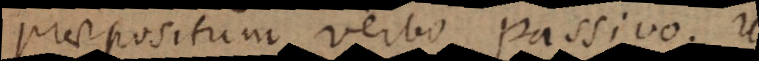
praepositum verbo passivo. Ut: